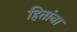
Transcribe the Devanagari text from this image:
हितांना